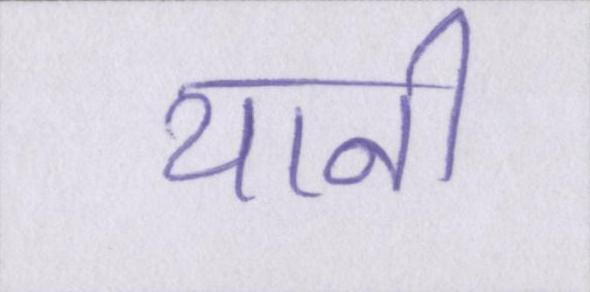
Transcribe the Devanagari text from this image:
यानी